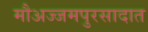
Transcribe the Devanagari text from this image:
मौअज्जमपुरसादात